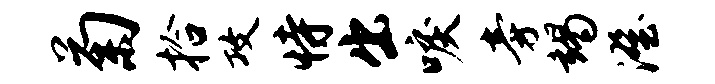
菊拾攻恃出唳旁竭澄